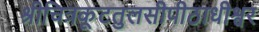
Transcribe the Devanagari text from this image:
श्रीचित्रकूटतुलसीपीठाधीश्वर